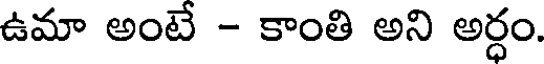
ఉమా అంటే - కాంతి అని అర్ధం.